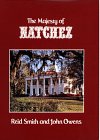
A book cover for The Majesty of Natchez (Majesty Architecture); Reid Smith; Travel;